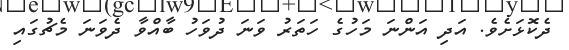
ދެކޮޅަށެވެ. އަދި އަންނަ މަހުގެ ހަތަރު ވަނަ ދުވަހު ބާއްވާ ދެވަނަ މެޗުގައި